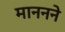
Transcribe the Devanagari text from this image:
माननने